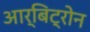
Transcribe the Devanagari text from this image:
आर्बिट्रोन